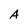
Character: A